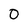
Character: 0